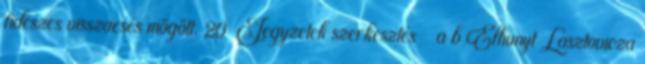
fideszes visszaesés mögött. 20 Jegyzetek szerkesztés ^ a b Elhunyt Lasztovicza